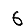
Digit: 6